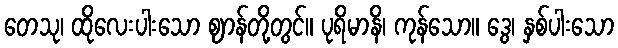
တေသု၊ ထိုလေးပါးသော ဈာန်တို့တွင်။ ပုရိမာနိ၊ ကုန်သော။ ဒွေ၊ နှစ်ပါးသော